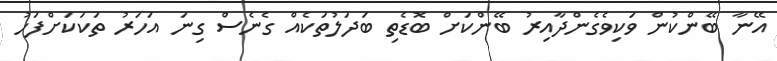
އޭނާ ބޭންކުން ވަކިވެގެންދާއިރު ބޭންކަށް ބޮޑެތި ބަދަލުތަކެއް ގެނެސް ގިނަ އަހަރު ތަކަކަށްފަހު